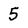
Character: 5